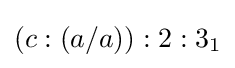
(c:(a/a)):2:3_{1}